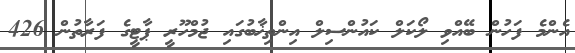
އެންމެ ފަހުން ބޭއްވި ލޯކަލް ކައުންސިލް އިންތިޚާބުގައި ޖުމްހޫރީ ޕާޓީގެ ފަރާތުން 426